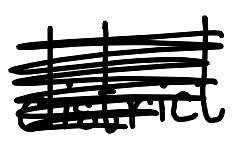
Text: district
Cross-out: scratch
Writing tool: digital_black